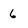
Character: 6